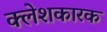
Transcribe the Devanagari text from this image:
क्लेशकारक